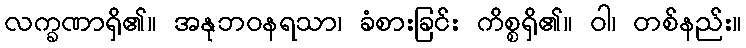
လက္ခဏာရှိ၏။ အနုဘဝနရသာ၊ ခံစားခြင်း ကိစ္စရှိ၏။ ဝါ၊ တစ်နည်း။